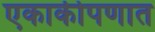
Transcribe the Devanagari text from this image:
एकाकीपणात